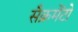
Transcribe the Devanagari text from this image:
सैक्रमेंटो